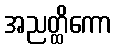
အညတ္ထိကော